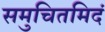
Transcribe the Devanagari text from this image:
समुचितमिदं